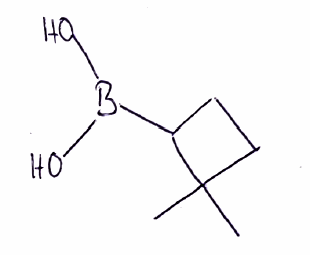
Simplified molecular-input line-entry system (SMILES) notation of the given molecule:
B(C1CCC1(C)C)(O)O